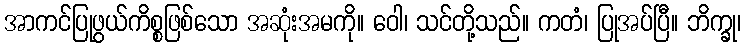
အာကင်ပြုဖွယ်ကိစ္စဖြစ်သော အဆုံးအမကို။ ဝေါ၊ သင်တို့သည်။ ကတံ၊ ပြုအပ်ပြီ။ ဘိက္ခု၊